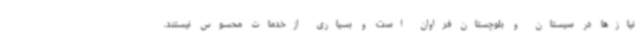
نیازها در سیستان و بلوچستان فراوان است و بسیاری ازخدمات محسوس نیستند.